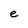
Character: e